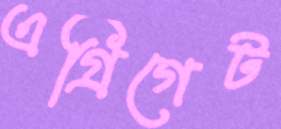
এগ্রিগেট